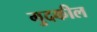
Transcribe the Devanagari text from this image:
गुदकील